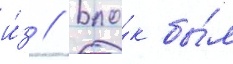
и́з // Бло́к бы́л